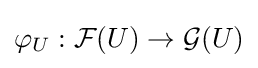
\varphi _{U}:{\mathcal {F}}(U)\to {\mathcal {G}}(U)